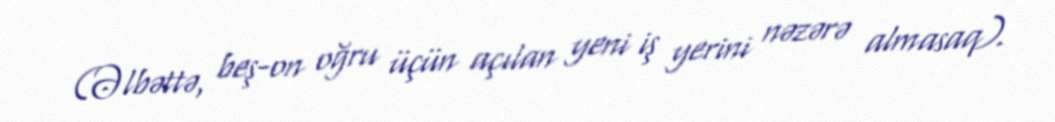
(Əlbəttə, beş-on oğru üçün açılan yeni iş yerini nəzərə almasaq).